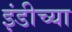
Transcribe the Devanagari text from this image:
इंडीच्या